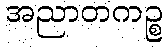
အညာတကဉ္စ